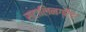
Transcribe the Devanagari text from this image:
स्टालिनग्रैड